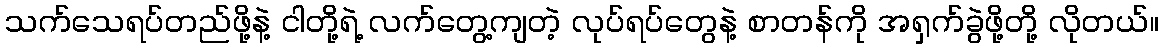
သက်သေရပ်တည်ဖို့နဲ့ ငါတို့ရဲ့ လက်တွေ့ကျတဲ့ လုပ်ရပ်တွေနဲ့ စာတန်ကို အရှက်ခွဲဖို့တို့ လိုတယ်။